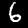
Digit: 6